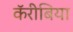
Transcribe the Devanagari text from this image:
कॅरीबिया